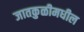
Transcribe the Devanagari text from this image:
जातकुळीमधील